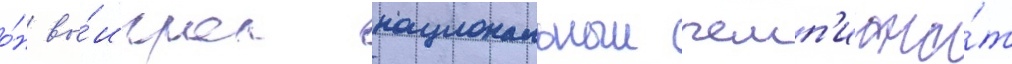
о́н вы́играл национальныи чемп'иона́т